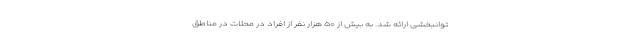
توانبخشی ارائه شد. به بیش از ۵۰ هزار نفر از افراد در محلات در مناطق